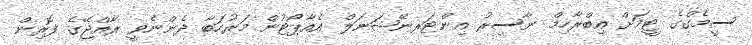
ސީމެގްގެ ޓީމަށް އިބްރާހިމް ނާސިރު އިންޓަރނޭޝަނަލް އެއާޕޯޓުން މަރުހަބާ ދެންނެވީ ރާއްޖޭގެ ފޮރިން